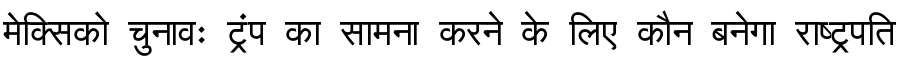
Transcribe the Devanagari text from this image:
मेक्सिको चुनावः ट्रंप का सामना करने के लिए कौन बनेगा राष्ट्रपति